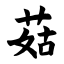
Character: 菇